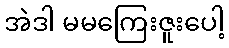
အဲဒါ မမကြေးဇူးပေါ့